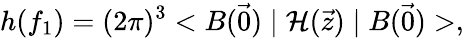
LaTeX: h(f_{1})=(2\pi)^{3}<B(\vec{0})\mid{\cal H}(\vec{z})\mid B(\vec{0})>,